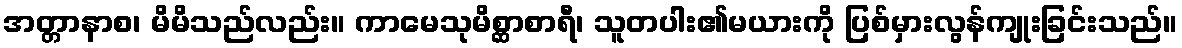
အတ္တာနာစ၊ မိမိသည်လည်း။ ကာမေသုမိစ္ဆာစာရီ၊ သူတပါး၏မယားကို ပြစ်မှားလွန်ကျုးခြင်းသည်။